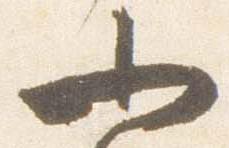
小